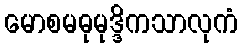
မောစမဓုမုဒ္ဒိကသာလုကံ